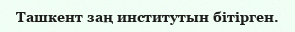
Ташкент заң институтын бітірген.